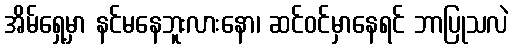
အိမ်ရှေ့မှာ နင်မနေဘူးလားနော၊ ဆင်ဝင်မှာနေရင် ဘာပြုသလဲ